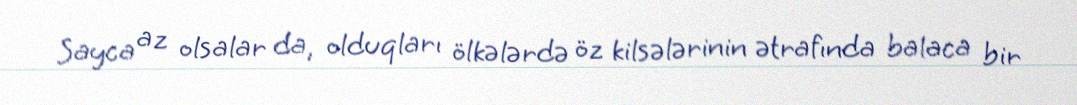
Sayca az olsalar da, olduqları ölkələrdə öz kilsələrinin ətrafında balaca bir